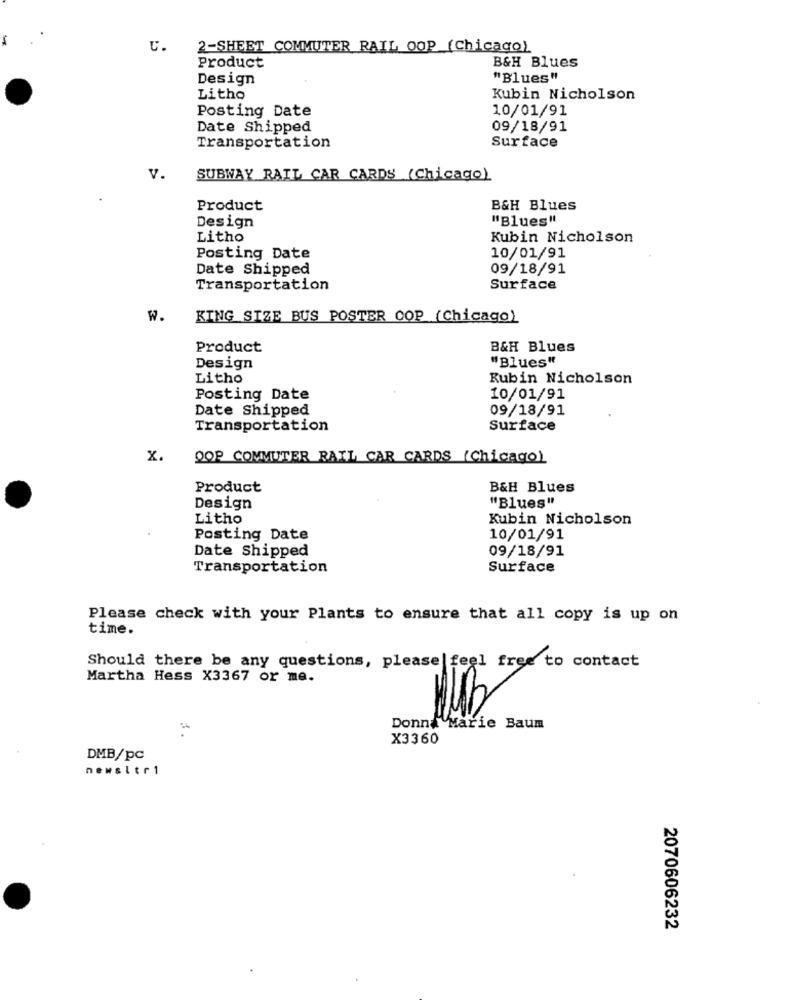
U.
2-SHEET COMMUTER RAIL OOP (Chicago)
B&H Blues
Product
Design
"Blues"
Litho
Kubin Nicholson
Posting Date
10/01/91
Date Shipped
09/18/91
Transportation
Surface
V.
SUBWAY RAIL CAR CARDS (Chicago)
Product
B&H Blues
Design
"Blues"
Litho
Kubin Nicholson
Posting Date
10/01/91
Date Shipped
09/18/91
Transportation
Surface
W.
KING SIZE BUS POSTER OOP (Chicago)
Product
B&H Blues
"Blues"
Design
Litho
Rubin Nicholson
Posting Date
10/01/91
Date Shipped
09/18/91
Transportation
Surface
x.
OOP COMMUTER RAIL CAR CARDS (Chicago)
Product
B&H Blues
Design
"Blues"
Litho
Kubin Nicholson
Posting Date
10/01/91
09/18/91
Date Shipped
Transportation
Surface
Please check with your Plants to ensure that all copy is up on
time.
Should there be any questions, please feel free to contact
Martha Hess X3367 or me.
Donna Marie Baum
X3360
DMB/pc
newsitri
2070606232